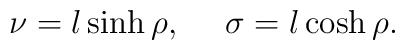
\nu = l\sinh\rho, \ \ \ \  \sigma = l\cosh\rho.